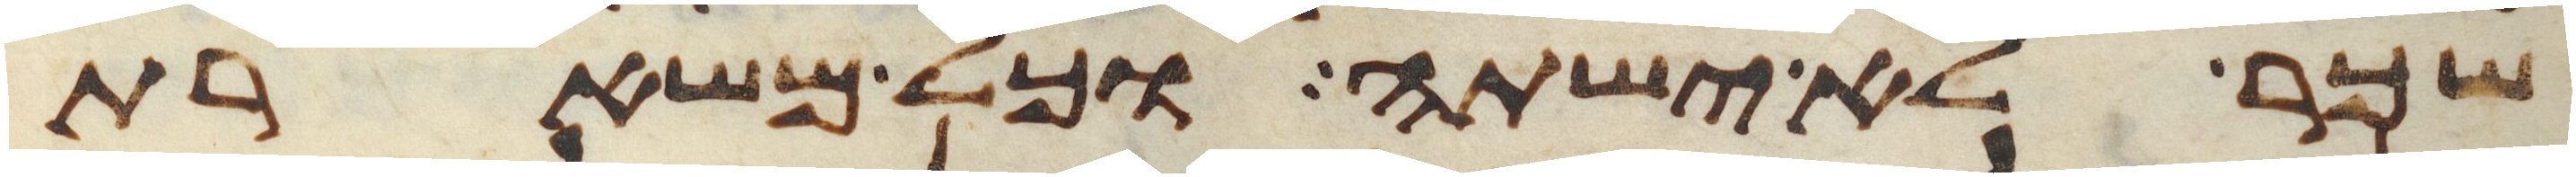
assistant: שכר לא ישתה וכל משארת